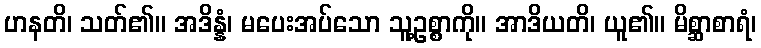
ဟနတိ၊ သတ်၏။ အဒိန္နံ၊ မပေးအပ်သော သူ့ဥစ္စာကို။ အာဒိယတိ၊ ယူ၏။ မိစ္ဆာစာရံ၊